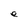
Character: e